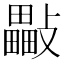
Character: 𣀜